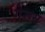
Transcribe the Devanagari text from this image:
गेरूस